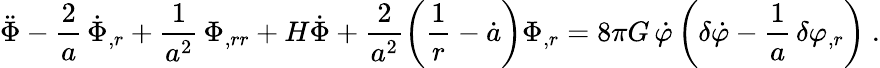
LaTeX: \ddot{\Phi}-\frac{2}{a}\, \dot{\Phi}_{,r}+\frac{1}{a^{2}}\, \Phi_{,rr}+H\dot{\Phi}+\frac{2}{a^{2}}\left(\frac{1}{r}-\dot{a}\right)\Phi_{,r}=8\pi G\, \dot{\varphi}\left(\delta\dot{\varphi}-\frac{1}{a}\, \delta\varphi_{,r}\right)\ .